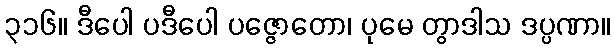
၃၁၆။ ဒီပေါ ပဒီပေါ ပဇ္ဇောတော၊ ပုမေ တွာဒါသ ဒပ္ပဏာ။